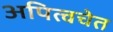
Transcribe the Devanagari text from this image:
अपित्वचेत